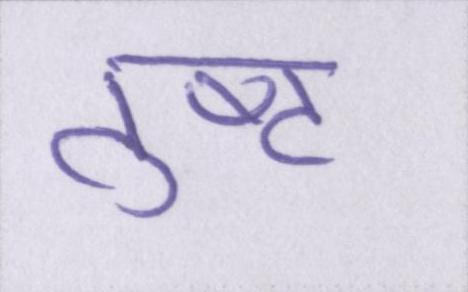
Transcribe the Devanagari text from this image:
तुष्ट